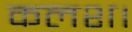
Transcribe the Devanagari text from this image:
कलश।